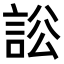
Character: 𧧡